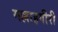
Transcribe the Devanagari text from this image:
मल्लाहगीरी